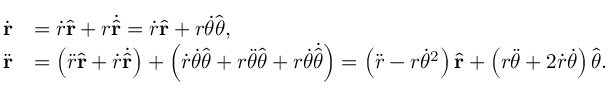
{ \begin{array} { r l } { { \dot { \mathbf { r } } } } & { = { \dot { r } } { \hat { \mathbf { r } } } + r { \dot { \hat { \mathbf { r } } } } = { \dot { r } } { \hat { \mathbf { r } } } + r { \dot { \theta } } { \hat { \boldsymbol { \theta } } } , } \\ { { \ddot { \mathbf { r } } } } & { = \left( { \ddot { r } } { \hat { \mathbf { r } } } + { \dot { r } } { \dot { \hat { \mathbf { r } } } } \right) + \left( { \dot { r } } { \dot { \theta } } { \hat { \boldsymbol { \theta } } } + r { \ddot { \theta } } { \hat { \boldsymbol { \theta } } } + r { \dot { \theta } } { \dot { \hat { \boldsymbol { \theta } } } } \right) = \left( { \ddot { r } } - r { \dot { \theta } } ^ { 2 } \right) { \hat { \mathbf { r } } } + \left( r { \ddot { \theta } } + 2 { \dot { r } } { \dot { \theta } } \right) { \hat { \boldsymbol { \theta } } } . } \end{array} }